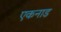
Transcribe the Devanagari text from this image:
एकनाड